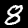
Label: 8